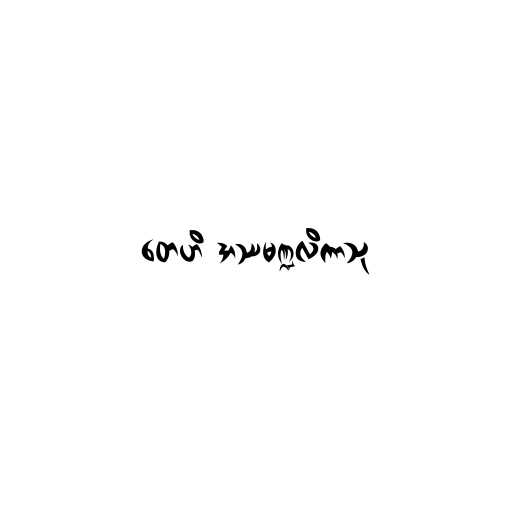
တေဟိ အဿမဏ္ဍလိကာသု